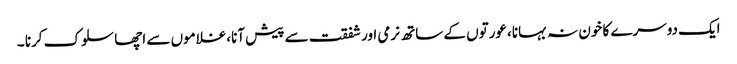
ایک دوسرے کا خون نہ بہانا ،عورتوں کے ساتھ نرمی اورشفقت سے پیش آنا،غلاموں سے اچھا سلوک کرنا ۔